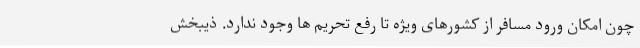
چون امکان ورود مسافر از کشورهای ویژه تا رفع تحریم ها وجود ندارد. ذیبخش